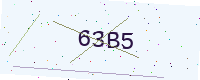
Text: 63B5